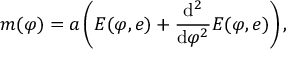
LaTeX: m ( \varphi ) = a \left( E ( \varphi , e ) + { \frac { \mathrm { d } ^ { 2 } } { \mathrm { d } \varphi ^ { 2 } } } E ( \varphi , e ) \right) ,